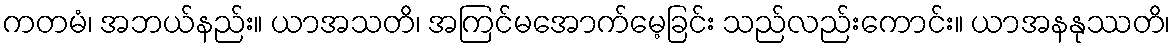
ကတမံ၊ အဘယ်နည်း။ ယာအသတိ၊ အကြင်မအောက်မေ့ခြင်း သည်လည်းကောင်း။ ယာအနနုဿတိ၊